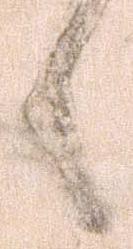
候